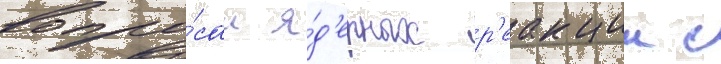
вопро́сам я́д'ерных р'еакции с